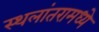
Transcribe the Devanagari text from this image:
स्थलांतरामध्ये